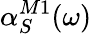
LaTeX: \alpha_{S}^{M1}(\omega)